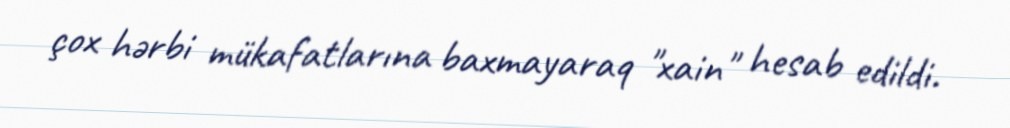
çox hərbi mükafatlarına baxmayaraq "xain" hesab edildi.